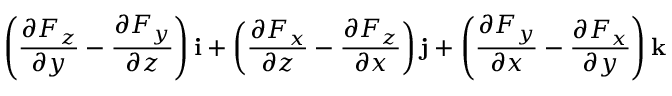
\left( { \frac { \partial F _ { z } } { \partial y } } - { \frac { \partial F _ { y } } { \partial z } } \right) \mathbf { i } + \left( { \frac { \partial F _ { x } } { \partial z } } - { \frac { \partial F _ { z } } { \partial x } } \right) \mathbf { j } + \left( { \frac { \partial F _ { y } } { \partial x } } - { \frac { \partial F _ { x } } { \partial y } } \right) \mathbf { k }